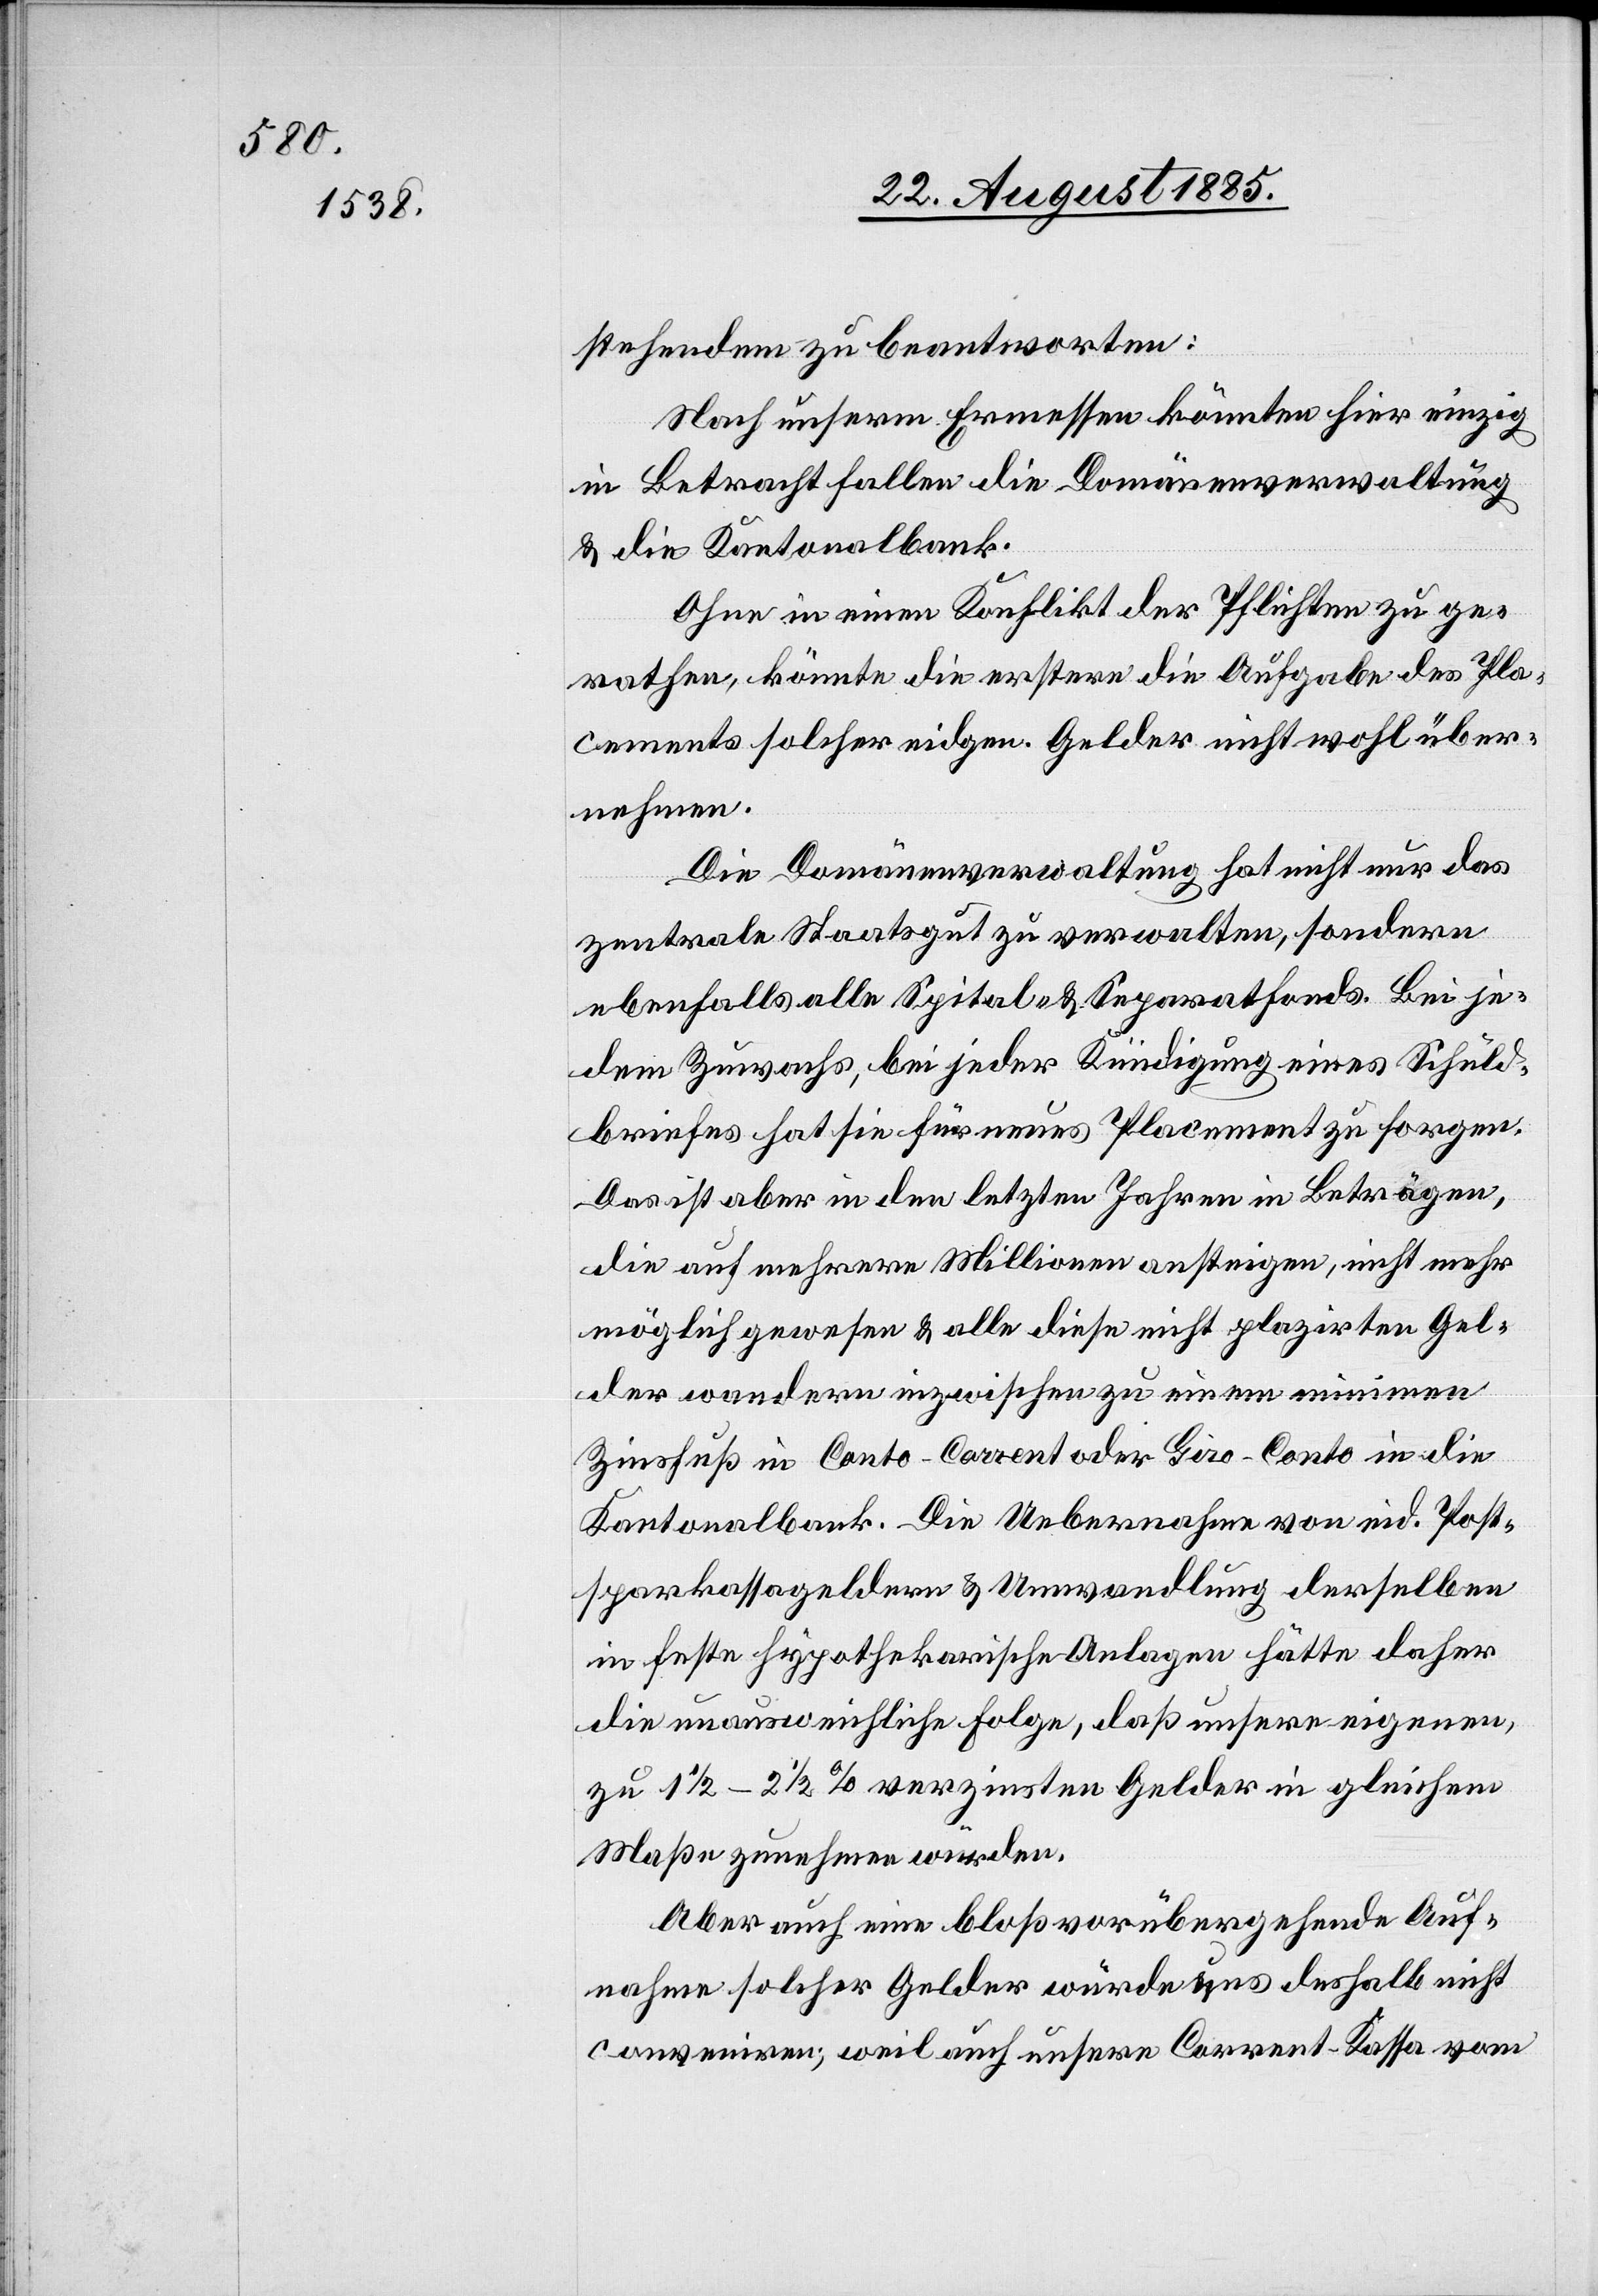
stehendem zu beantworten:
Nach unserm Ermessen könnten hier einzig
in Betracht fallen die Domänenverwaltung
& die Kantonalbank.
Ohne in einen Konflikt der Pflichten zu ge¬
rathen, könnte die erstere die Aufgabe des Pla¬
cements solcher eidgen. Gelder nicht wohl über¬
nehmen.
Die Domänenverwaltung hat nicht nur das
zentrale Staatsgut zu verwalten, sondern
ebenfalls alle Spital- & Separatfonds. Bei je¬
dem Zuwachs, bei jeder Kündigung eines Schuld¬
briefes hat sie für neues Placement zu sorgen.
Das ist aber in den letzten Jahren in Beträgen,
die auf mehrere Millionen ansteigen, nicht mehr
möglich gewesen & alle diese nicht plazirten Gel¬
der wandern inzwischen zu einem minimen
Zinsfuß in Conto-Corrent oder Giro-Conto in die
Kantonalbank. Die Uebernahme von eid. Post¬
sparkassageldern & Umwandlung derselben
in feste hypothekarische Anlagen hätte daher
die unausweichliche Folge, daß unsere eigenen,
zu 1 1/2–2 1/2% verzinsten Gelder in gleichem
Maße zunehmen würden.
Aber auch eine bloß vorübergehende Auf¬
nahme solcher Gelder würde uns deshalb nicht
conveniren, weil auch unsere Corrent-Kassa vom